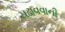
ચઢાવવાની